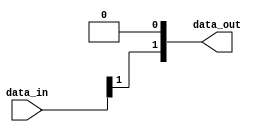
// This program was cloned from: https://github.com/chipsalliance/aib-phy-hardware
// License: Apache License 2.0

// SPDX-License-Identifier: Apache-2.0
// Copyright (C) 2019 Intel Corporation. 
//------------------------------------------------------------------------
//
// Revision:    $Revision: #1 $
//------------------------------------------------------------------------
//-----------------------------------------------------------------------------
// Description : Binary to Gray conversion when binary count is expected to increment by 2
//-----------------------------------------------------------------------------

module cdclib_bintogray_inc2
   #(
      parameter WIDTH           = 2 // Data width 
    )
   (
   // Inputs
   input  wire [WIDTH-1:0]  data_in,       // data in
   // Outputs
   output wire  [WIDTH-1:0]  data_out       // data out
   );


assign data_out = {(data_in[WIDTH-1:1]>>1) ^ data_in[WIDTH-1:1], 1'b0};


endmodule